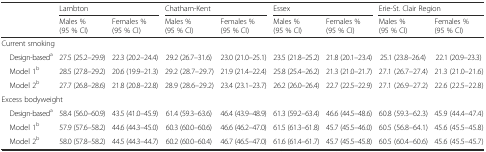
<table><thead><tr><td rowspan="2"></td><td colspan="2"><b>Lambton</b></td><td colspan="2"><b>Chatham-Kent</b></td><td colspan="2"><b>Essex</b></td><td colspan="2"><b>Erie-St. Clair Region</b></td></tr><tr><td><b>Males % (95 % CI)</b></td><td><b>Females % (95 % CI)</b></td><td><b>Males % (95 % CI)</b></td><td><b>Females % (95 % CI)</b></td><td><b>Males % (95 % CI)</b></td><td><b>Females % (95 % CI)</b></td><td><b>Males % (95 % CI)</b></td><td><b>Females % (95 % CI)</b></td></tr></thead><tbody><tr><td colspan="9">Current smoking</td></tr><tr><td> Design-based<sup>a</sup></td><td>27.5 (25.2–29.9)</td><td>22.3 (20.2–24.4)</td><td>29.2 (26.7–31.6)</td><td>23.0 (21.0–25.1)</td><td>23.5 (21.8–25.2)</td><td>21.8 (20.1–23.4)</td><td>25.1 (23.8–26.4)</td><td>22.1 (20.9–23.3)</td></tr><tr><td> Model 1<sup>b</sup></td><td>28.5 (27.8–29.2)</td><td>20.6 (19.9–21.3)</td><td>29.2 (28.7–29.7)</td><td>21.9 (21.4–22.4)</td><td>25.8 (25.4–26.2)</td><td>21.3 (21.0–21.7)</td><td>27.1 (26.7–27.4)</td><td>21.3 (21.0–21.6)</td></tr><tr><td> Model 2<sup>b</sup></td><td>27.7 (26.8–28.6)</td><td>21.8 (20.8–22.8)</td><td>28.9 (28.6–29.2)</td><td>23.4 (23.1–23.7)</td><td>26.2 (26.0–26.4)</td><td>22.7 (22.5–22.9)</td><td>27.1 (26.9–27.2)</td><td>22.6 (22.5–22.8)</td></tr><tr><td colspan="9">Excess bodyweight</td></tr><tr><td> Design-based<sup>a</sup></td><td>58.4 (56.0–60.9)</td><td>43.5 (41.0–45.9)</td><td>61.4 (59.3–63.6)</td><td>46.4 (43.9–48.9)</td><td>61.3 (59.2–63.4)</td><td>46.6 (44.5–48.6)</td><td>60.8 (59.3–62.3)</td><td>45.9 (44.4–47.4)</td></tr><tr><td> Model 1<sup>b</sup></td><td>57.9 (57.6–58.2)</td><td>44.6 (44.3–45.0)</td><td>60.3 (60.0–60.6)</td><td>46.6 (46.2–47.0)</td><td>61.5 (61.3–61.8)</td><td>45.7 (45.5–46.0)</td><td>60.5 (56.8–64.1)</td><td>45.6 (45.5–45.8)</td></tr><tr><td> Model 2<sup>b</sup></td><td>58.0 (57.8–58.2)</td><td>44.5 (44.3–44.7)</td><td>60.2 (60.0–60.4)</td><td>46.7 (46.5–47.0)</td><td>61.6 (61.4–61.7)</td><td>45.7 (45.5–45.8)</td><td>60.5 (60.4–60.6)</td><td>45.6 (45.5–45.7)</td></tr></tbody></table>